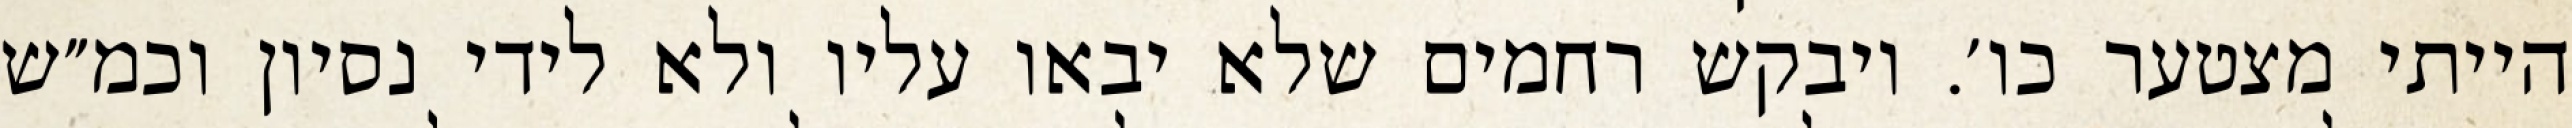
הייתי מצטער כו׳. ויבקש רחמים שלא יבאו עליו ולא לידי נסיון וכמ״ש